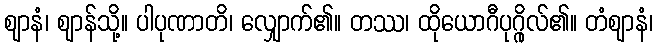
ဈာနံ၊ ဈာန်သို့။ ပါပုဏာတိ၊ လျှောက်၏။ တဿ၊ ထိုယောဂီပုဂ္ဂိုလ်၏။ တံဈာနံ၊